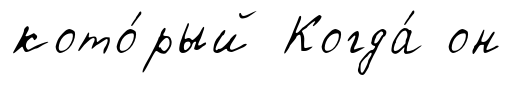
кото́рый Когда́ он